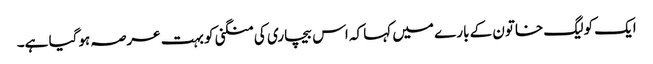
ایک کولیگ خاتون کے بارے میں کہا کہ اس بیچاری کی منگنی کو بہت عرصہ ہوگیا ہے۔